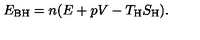
E _ { \mathrm { B H } } = n ( E + p V - T _ { \mathrm { H } } S _ { \mathrm { H } } ) .